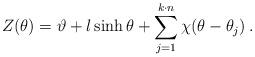
LaTeX: \begin{align*}Z(\theta )=\vartheta +l\sinh \theta +\sum ^{k\cdot n}_{j=1}\chi (\theta -\theta _{j})\: .\end{align*}